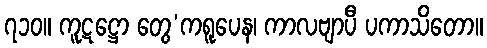
၇၁၀။ ကူဋဋ္ဌော တွေ’ကရူပေန၊ ကာလဗျာပီ ပကာသိတော။